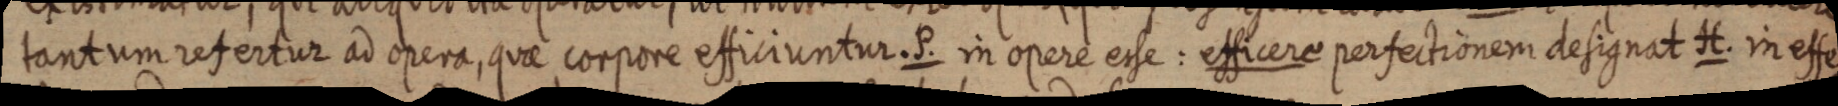
tantum refertur ad opera, quae corpore efficiuntur. P. in opere esse: efficere perfectionem designat H. in effe